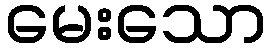
မေးသော